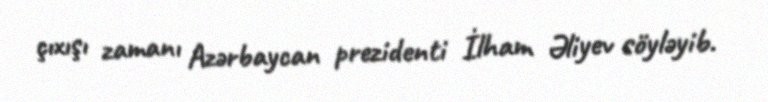
çıxışı zamanı Azərbaycan prezidenti İlham Əliyev söyləyib.